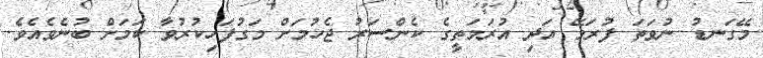
މޭގަނޑު ނުވަތަ ފުރަމޭ އަދި އުރަމަތީގެ ކެންސަރު ޖެހުމަށް މަގުފަހިކުރުވާ ކަމަށް ބުނެވެއެވެ.